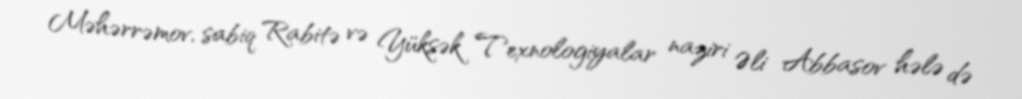
Məhərrəmov, sabiq Rabitə və Yüksək Texnologiyalar naziri Əli Abbasov hələ də